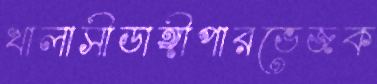
খালাসীডাঙ্গীপারভেজক